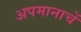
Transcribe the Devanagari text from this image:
अपमानाचें